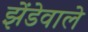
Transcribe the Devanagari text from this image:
झेंडेवाले